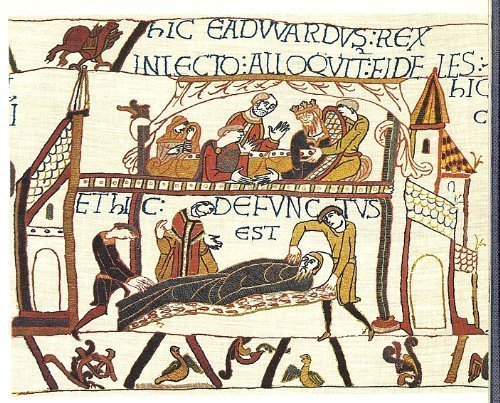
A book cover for The Bayeux Tapestry: The Norman Conquest 1066; Norman Denny; Teen & Young Adult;